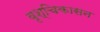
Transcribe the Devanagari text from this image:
वृश्चिकासन